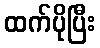
ထက်ပိုပြီး